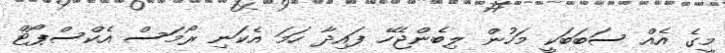
މީގެ އެއް ސަބަބަކީ މަހުން ލިބެންޖެހޭ ފައިދާ ހަމަ އެކަނި ރޯމަސް އެކްސްޕޯޓް